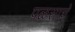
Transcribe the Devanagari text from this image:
पळसाचे